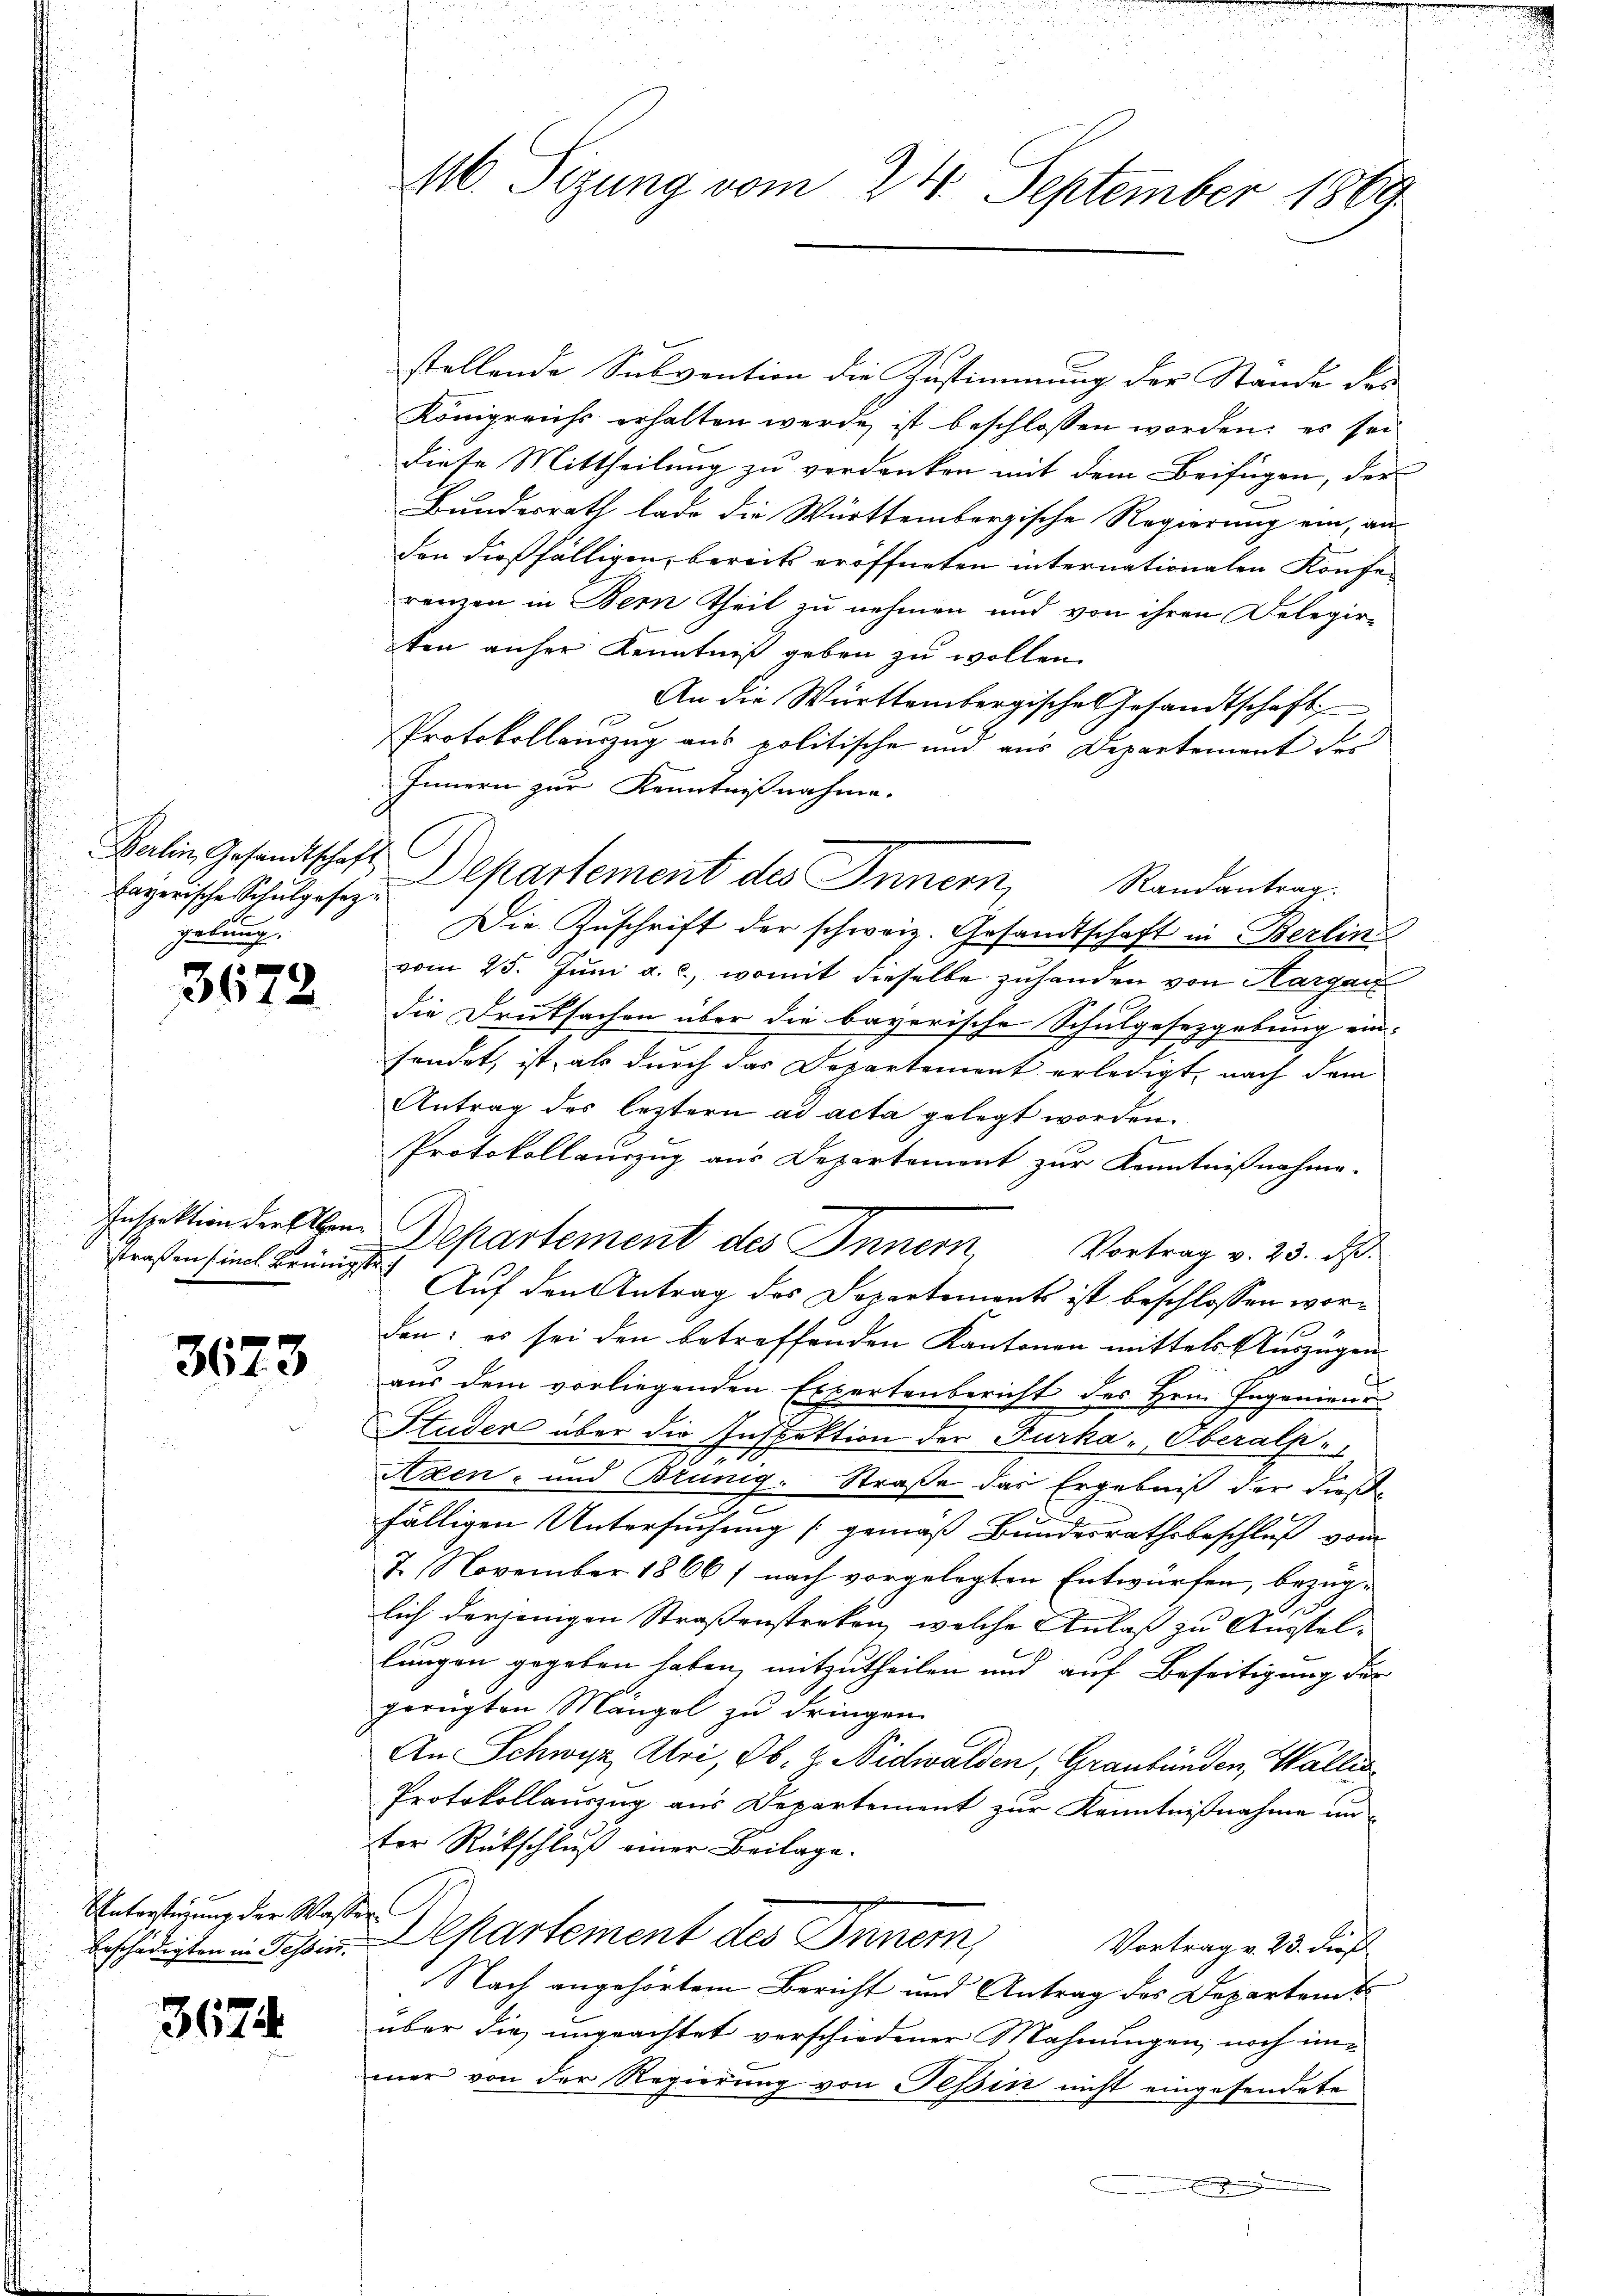
bayerische Schulgesezgebung.

3672

straßen sincl. Brünigste

3673

Unterstüzung der Waß
beschädigten in Tessin.

3674.

M. Sizung vom 24. September 1889

stellende Subvention die Zustimmung der Stande des
Königreichs erhalten werde ist beschlossen worden; es sei
diese Mittheilung zu verdanken mit dem Beifügen, der
Bundesrath lade die Württembergische Regierung ein, aus
don dießfälligen, bereits eröffneten internationalen Konfe-
renzen in Bern Theil zu nehmen und von ihren Delegirten anher Kenntniß geben zu wollen.
An die Württembergische Gesandtschaft
E
Protokollauszug aus politische und aus Departement des
Innern zur Kenntnißnahme.
Balin Gesandtschaft Departement des Innern Randantrag.
Die Zuschrift der schweiz. Gesandtschaft in Berlins
vom 25. Jŭni a. c., womit dieselbe zuhanden von Hargau
die Druksachen über die bayerische Schulgesetzgebung ein-
fendet, ist, als durch das Departement erledigt, nach dem
Antrag des leztern ad acta gelegt worden.
Protokollauszug aus Departement zur Kenntnißnahme.
Inspektion der Abend Departement des Innern, Vortrag v. 23. d.
Auf den Antrag des Dopartements ist beschlossen worden: es sei den betreffenden Kantonen mittels Auszügen
aŭs dem vorliegenden Expertenbericht des Hrn. Ingenieur
Studer über die Inspektion der Furka-Oberalp
59
Azen- und Brünig. Straße das Ergebniß der diese
.
e
fälligen Untersuchung (gemäß Bundesrathsbeschluß vom
7. November 1866] nach vorgelegten Entwürfen, bezüglich derjenigen Straßenstreken, welche Anlaß zu Ausstellungen gegeben haben, mitzutheilen und auf Beseitigung der
gerügten Mängel zu dringen.
An Schwyz, Uri, Ob. 2. Nidwalden, Graubünden, Wallis
Protokollauszug aus Departement zur Kenntnißnahme unter Rückschluß einer Beilage.
Departement des Inner,
Vortrag v. 23. dieß
Nach angehörtem Bericht und Antrag des Departent
über die ungeachtet verschiedener Mahnungen, noch immer von der Regierung von Tessin nicht eingesendete
E